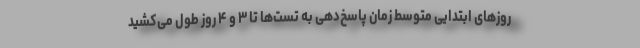
روزهای ابتدایی متوسط زمان پاسخ‌دهی به تست‌ها تا ۳ و ۴ روز طول می‌کشید